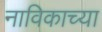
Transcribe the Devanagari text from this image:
नाविकाच्या